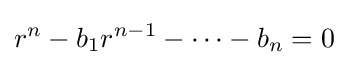
r^{n}-b_{1}r^{n-1}-\cdots -b_{n}=0